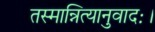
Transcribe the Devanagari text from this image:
तस्मान्नित्यानुवादः।